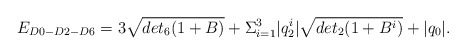
\begin{align*}E_{D0-D2-D6}= 3 \sqrt{det_6 (1+B)} + \Sigma_{i=1}^{3}|q_2^i| \sqrt{det_2(1+B^i)} +|q_0|. \end{align*}